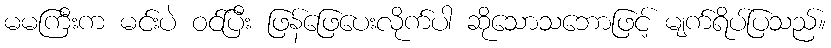
မမကြီးက မင်းပဲ ဝင်ပြီး ဖြန်ဖြေပေးလိုက်ပါ ဆိုသောသဘောဖြင့် မျက်ရိပ်ပြသည်။